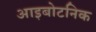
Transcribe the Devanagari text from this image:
आइबोटनिक